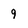
Character: 9